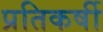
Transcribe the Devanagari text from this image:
प्रतिकर्षी